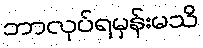
ဘာလုပ်ရမှန်းမသိ